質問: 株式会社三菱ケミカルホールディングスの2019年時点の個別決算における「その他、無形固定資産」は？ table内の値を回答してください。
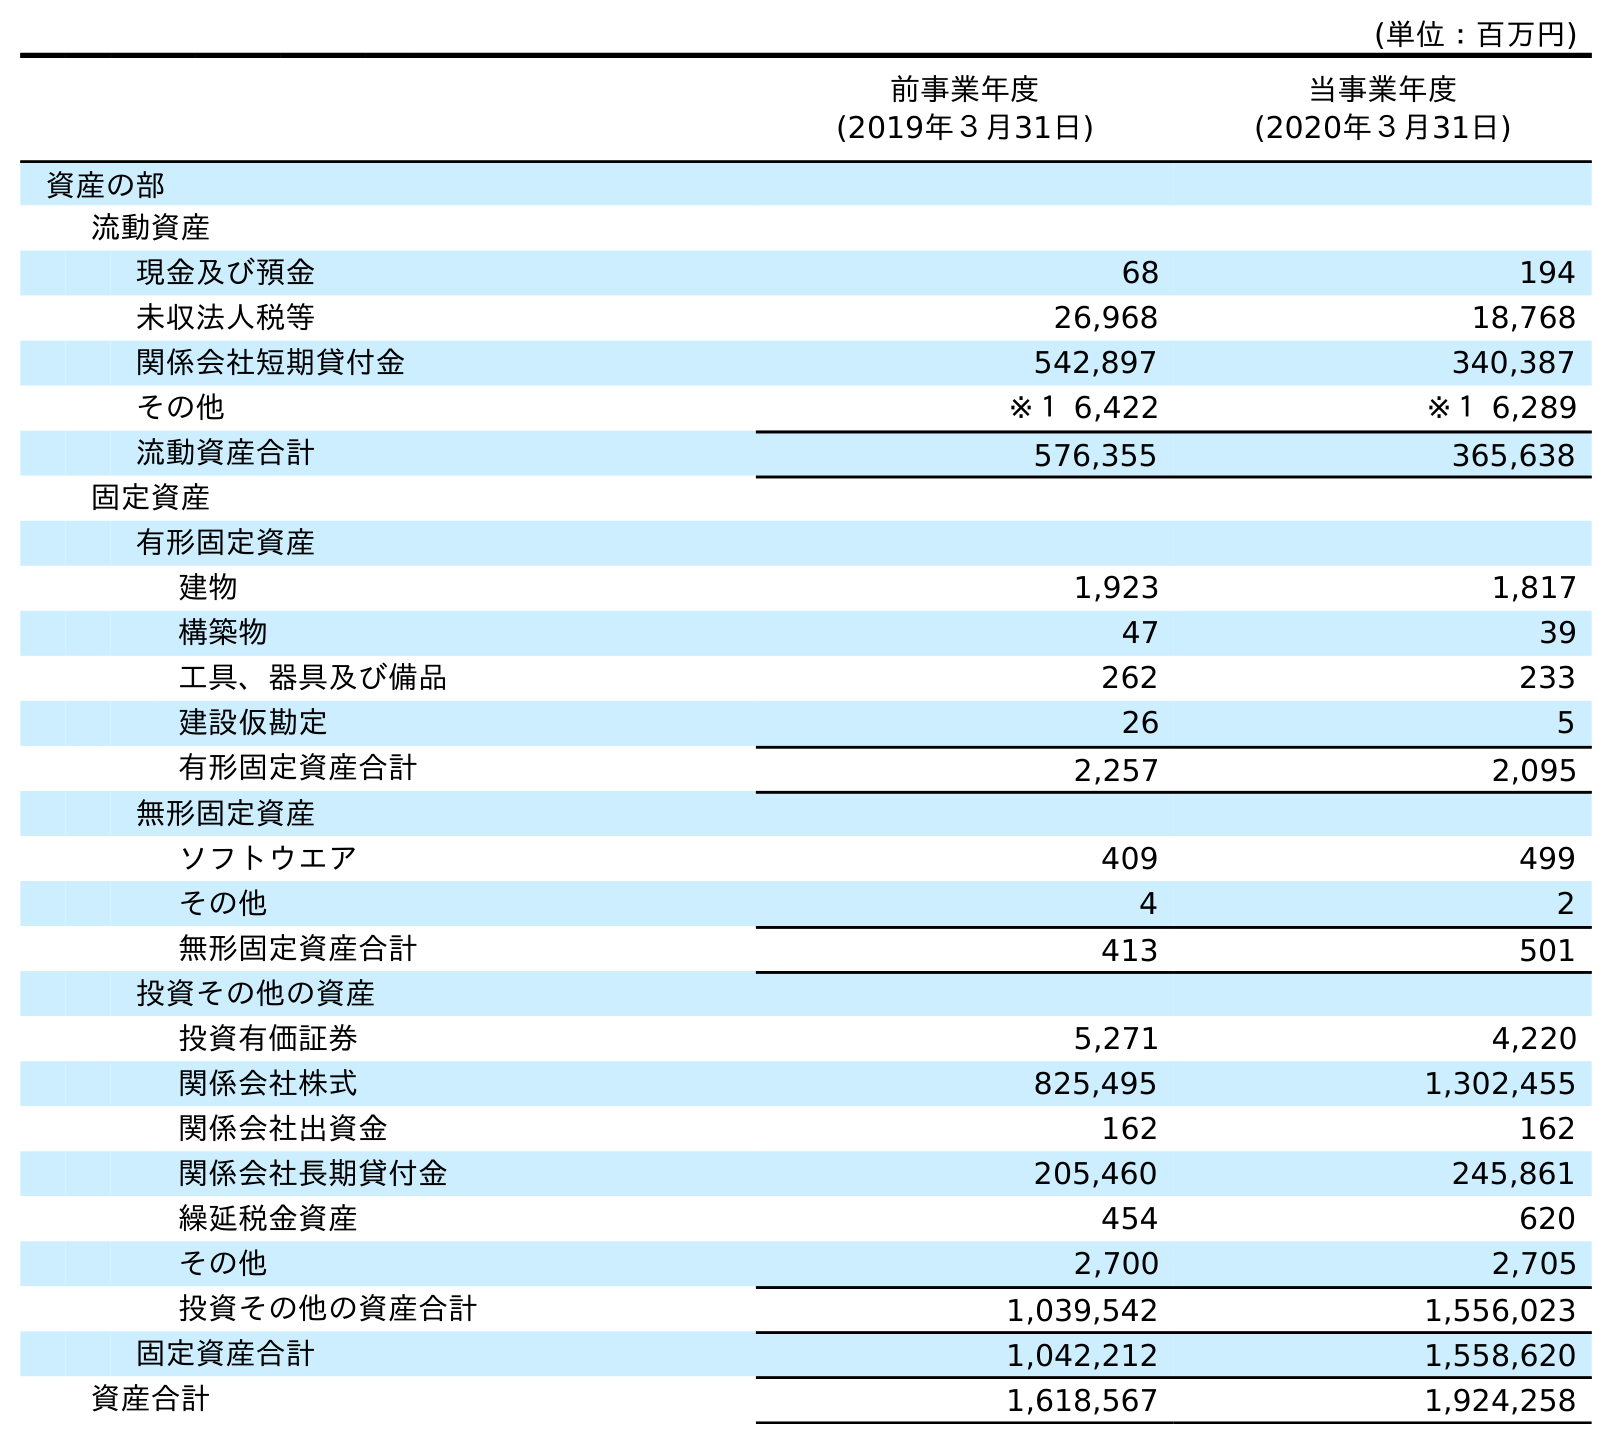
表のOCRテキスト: (単位：百万円) 前事業年度 (2019年３月31日) 当事業年度 (2020年３月31日) 資産の部 流動資産 現金及び預金 68 194 未収法人税等 26,968 18,768 関係会社短期貸付金 542,897 340,387 その他 ※１ 6,422 ※１ 6,289 流動資産合計 576,355 365,638 固定資産 有形固定資産 建物 1,923 1,817 構築物 47 39 工具、器具及び備品 262 233 建設仮勘定 26 5 有形固定資産合計 2,257 2,095 無形固定資産 ソフトウエア 409 499 その他 4 2 無形固定資産合計 413 501 投資その他の資産 投資有価証券 5,271 4,220 関係会社株式 825,495 1,302,455 関係会社出資金 162 162 関係会社長期貸付金 205,460 245,861 繰延税金資産 454 620 その他 2,700 2,705 投資その他の資産合計 1,039,542 1,556,023 固定資産合計 1,042,212 1,558,620 資産合計 1,618,567 1,924,258
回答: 4